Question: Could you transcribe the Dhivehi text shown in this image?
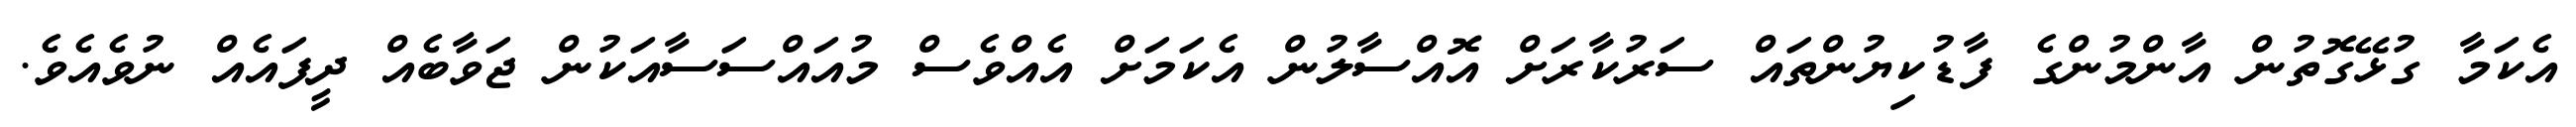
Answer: އެކަމާ ގުޅޭގޮތުން އާންމުންގެ ފާޑުކިޔުންތައް ސަރުކާރަށް އޮއްސާލުން އެކަމަށް އެއްވެސް މުއައްސަސާއަކުން ޖަވާބެއް ދީފައެއް ނުވެއެވެ.